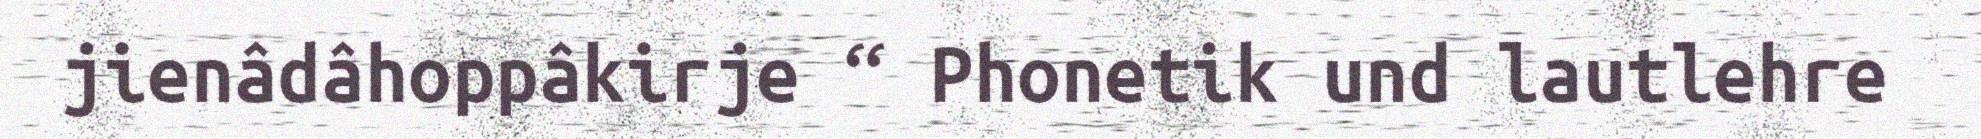
jienâdâhoppâkirje “ Phonetik und lautlehre